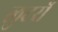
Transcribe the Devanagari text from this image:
लुटर्रों